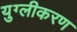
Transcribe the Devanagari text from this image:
युग्लीकरण